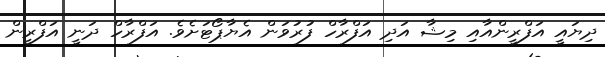
ދިޔައީ އަފްރީންއާއި މިޝާ އަދި އަފްރާހް ފުރުވަން އެޔާޕޯޓަށެވެ. އަފްރާހް ދަނީ އަފްރީން